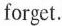
forget.